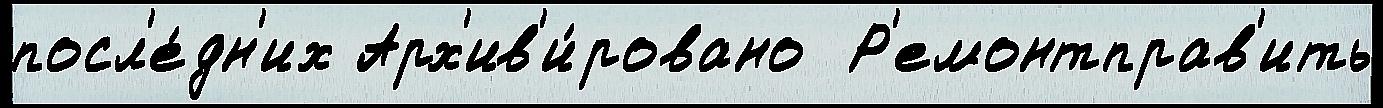
посл'е́дн'их Арх'ив'и́ровано  Р'емонтправ'ить